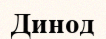
Динод